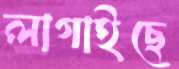
লাগাইছে